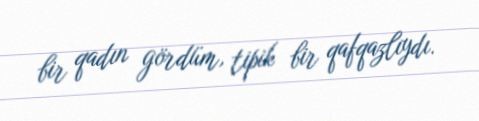
bir qadın gördüm, tipik bir qafqazlıydı.